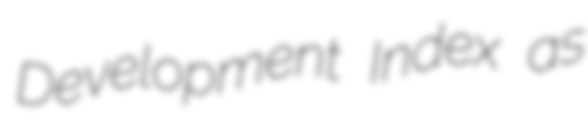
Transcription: Development Index as